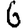
Digit: 6